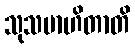
သုသမာဟိတာတိ